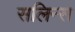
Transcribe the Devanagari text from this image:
सलिन्स